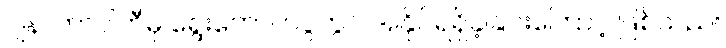
ဂျနာတာပါတီမှ ရွေးကောက်ပွဲတွင် အနိုင်ရရှိခဲ့ခြင်းကြောင့် ဖြစ်သည်။